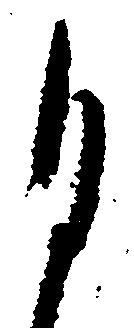
月